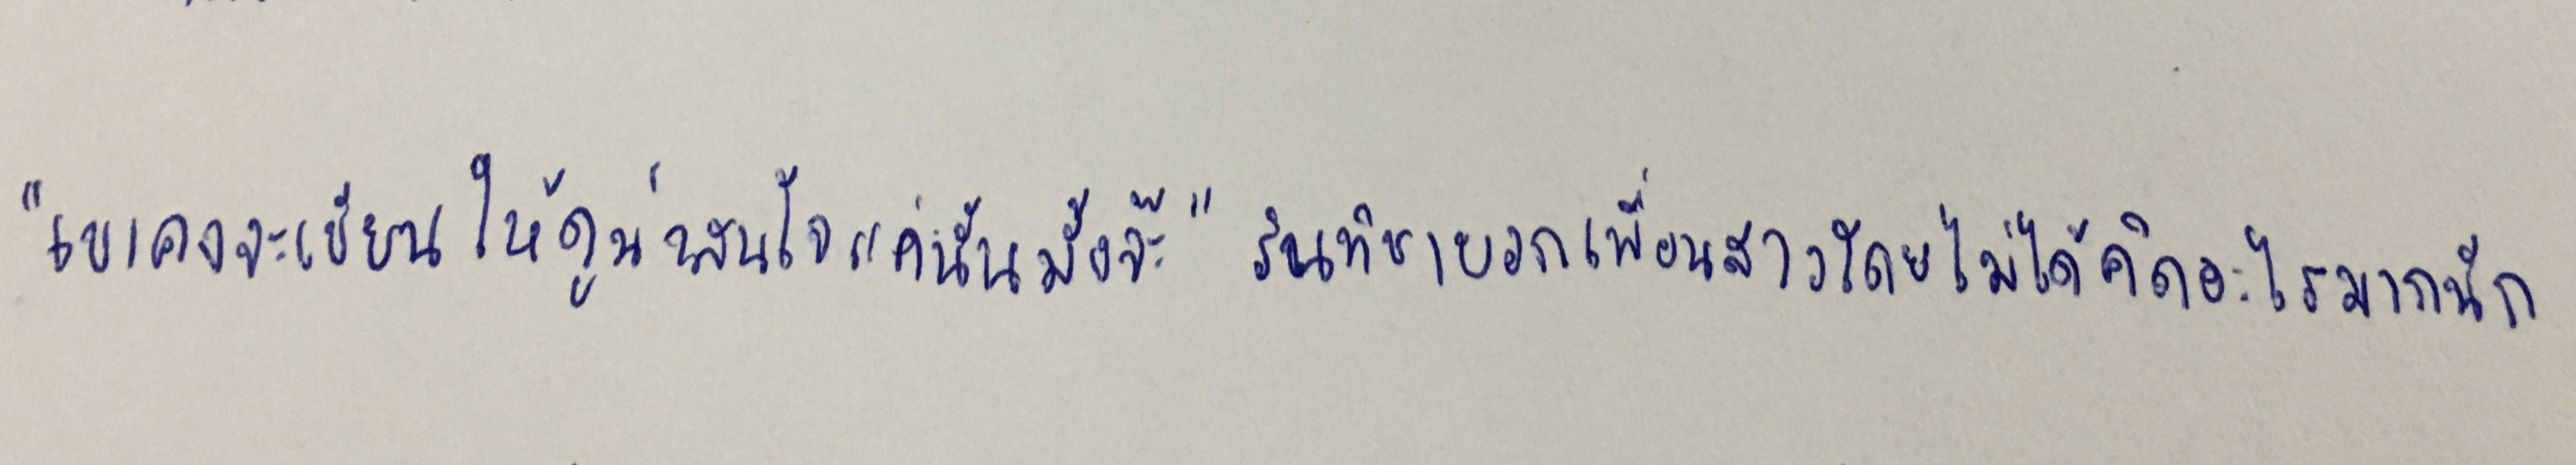
"เขาคงจะเขียนให้ดูน่าสนใจแค่นั้นมั้งจ๊ะ"รินทิชาบอกเพื่อนสาวโดยไม่ได้คิดอะไรมากนัก